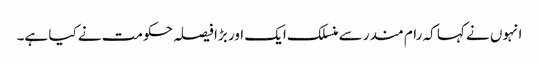
انہوں نے کہا کہ رام مندر سے منسلک ایک اور بڑا فیصلہ حکومت نے کیا ہے۔